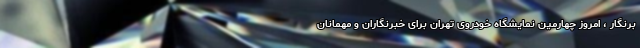
برنگار ، امروز چهارمین نمایشگاه خودروی تهران برای خبرنگاران و مهمانان